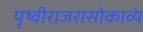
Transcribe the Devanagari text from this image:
पृथ्वीराजरासोकाव्यं